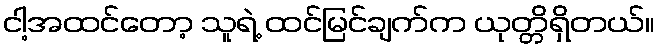
ငါ့အထင်တော့ သူရဲ့ ထင်မြင်ချက်က ယုတ္တိရှိတယ်။